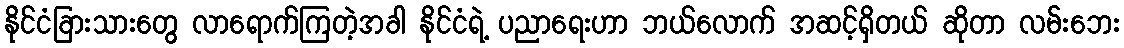
နိုင်ငံခြားသားတွေ လာရောက်ကြတဲ့အခါ နိုင်ငံရဲ့ ပညာရေးဟာ ဘယ်လောက် အဆင့်ရှိတယ် ဆိုတာ လမ်းဘေး